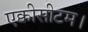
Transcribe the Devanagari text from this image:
एक्वीसीटम।